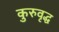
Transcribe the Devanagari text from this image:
कुरुवृद्ध